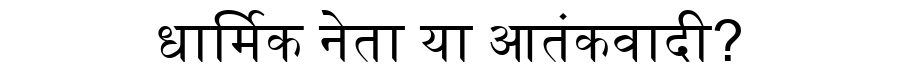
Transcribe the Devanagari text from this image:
धार्मिक नेता या आतंकवादी?